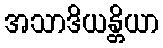
အသာဒိယန္တိယာ